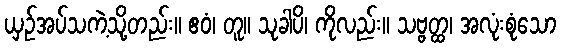
ယှဉ်အပ်သကဲ့သို့တည်း။ ဧဝံ၊ တူ။ သုခါပိ၊ ကိုလည်း။ သဗ္ဗတ္ထ၊ အလုံးစုံသော